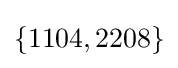
\{1104,2208\}